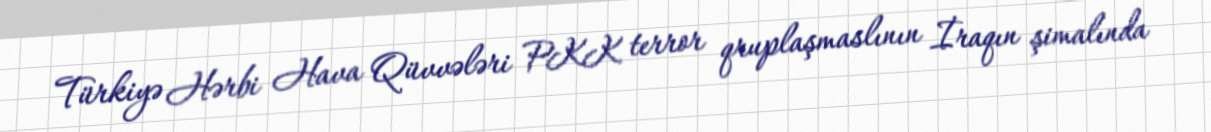
Türkiyə Hərbi Hava Qüvvələri PKK terror qruplaşmaslının İraqın şimalında